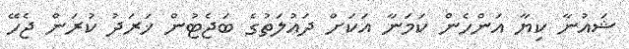
ޝައުނާ ކިޔާ އަންހެން ކަމަނާ އަކަށް ދައުލަތުގެ ބަޖެޓުން ޚަރަދު ކުރަން ޖެހޭ